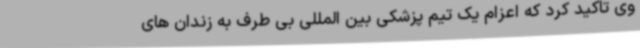
وی تاکید کرد که اعزام یک تیم پزشکی بین المللی بی طرف به زندان های